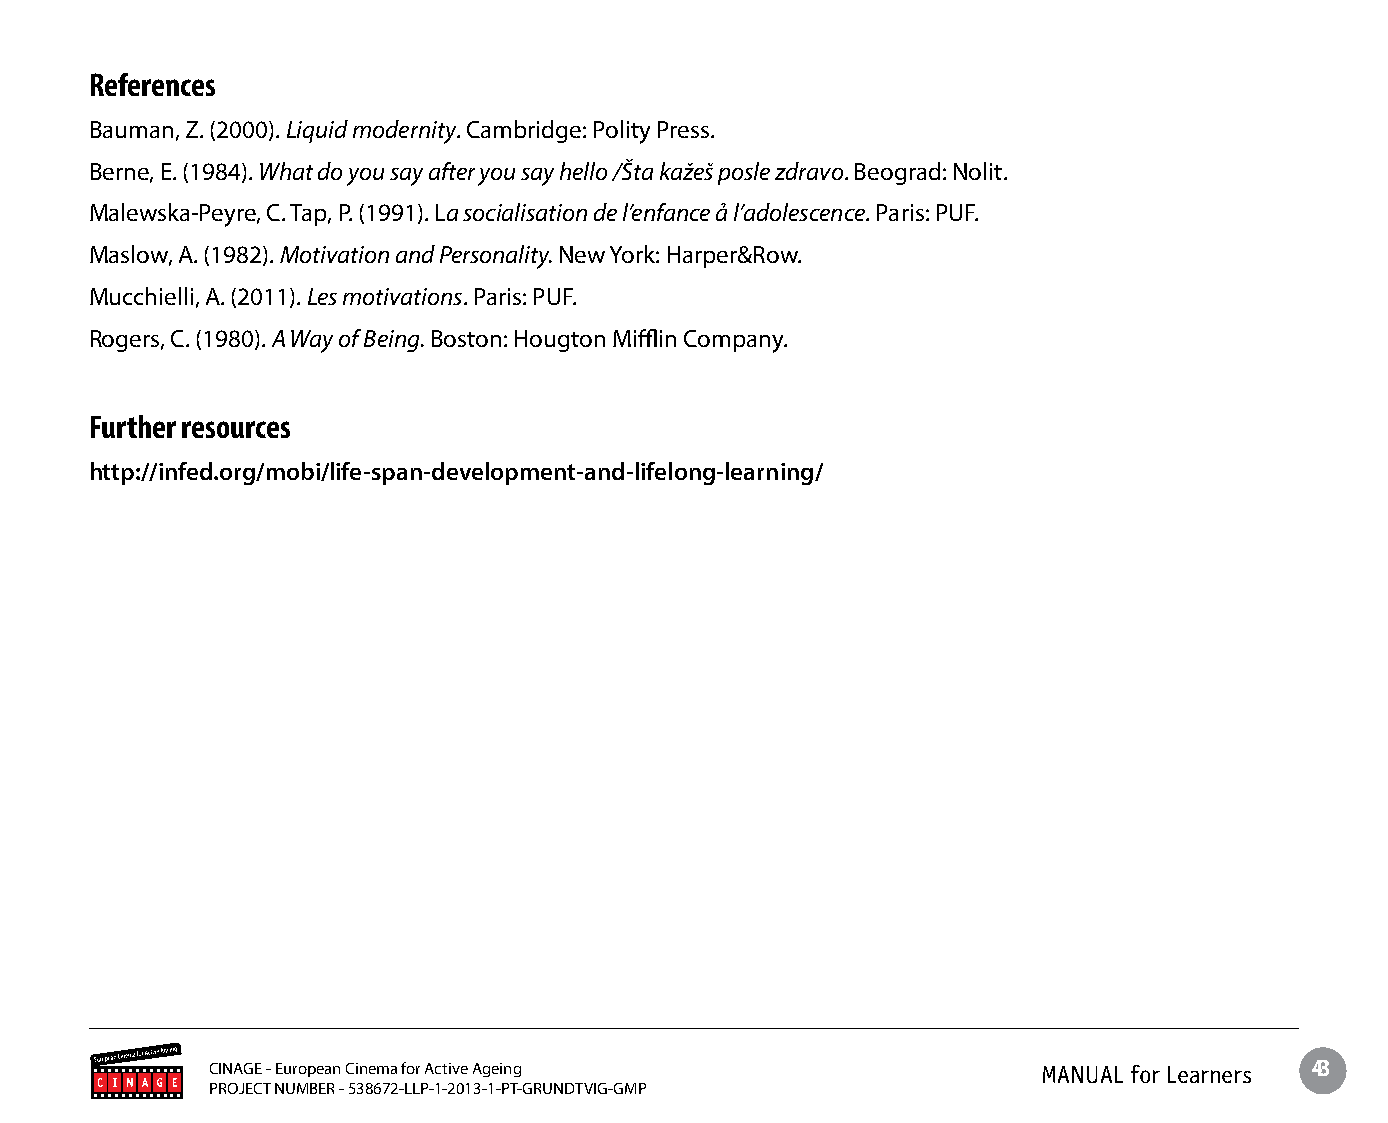
References
 Bauman, Z. (2000). Liquid modernity. Cambridge: Polity Press.
 Berne, E. (1984). What do you say after you say hello /Šta kažeš posle zdravo. Beograd: Nolit.
 Malewska-Peyre, C. Tap, P. (1991). La socialisation de l’enfance ả l’adolescence. Paris: PUF.
 Maslow, A. (1982). Motivation and Personality. New York: Harper&Row.
 Mucchielli, A. (2011). Les motivations. Paris: PUF.
 Rogers, C. (1980). A Way of Being. Boston: Hougton Mifflin Company.
 Further resources
 http://infed.org/mobi/life-span-development-and-lifelong-learning/
 CINAGE - European Cinema for Active Ageing             MANUAL for Learners 43
 PROJECT NUMBER - 538672-LLP-1-2013-1-PT-GRUNDTVIG-GMP